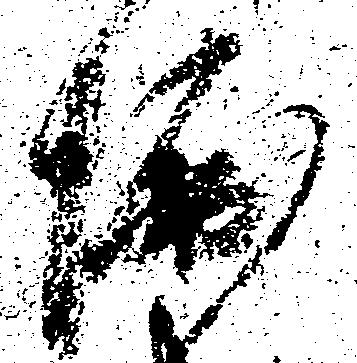
堀